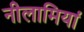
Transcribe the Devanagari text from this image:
नीलामियां